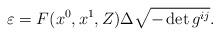
LaTeX: \begin{align*} {\varepsilon}=F(x^0,x^1,Z) \Delta \sqrt{- \det g^{ij}}.\end{align*}